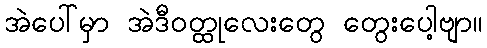
အဲပေါ်မှာ အဲဒီဝတ္ထုလေးတွေ တွေးပေါ့ဗျာ။